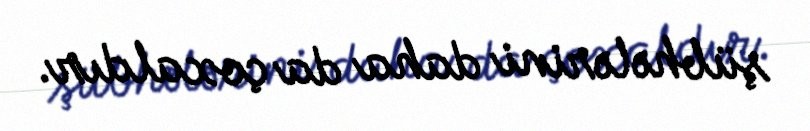
şübhələrini daha da çoxaldır.